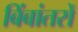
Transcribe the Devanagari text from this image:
बिंबांतरों